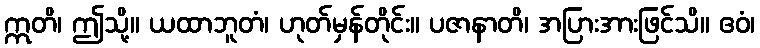
ဣတိ၊ ဤသို့။ ယထာဘူတံ၊ ဟုတ်မှန်တိုင်း။ ပဇာနာတိ၊ အပြားအားဖြင်သိ။ ဧဝံ၊